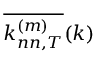
\overline { { k _ { n n , T } ^ { ( m ) } } } ( k )